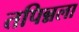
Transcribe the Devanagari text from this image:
तपिन्नला